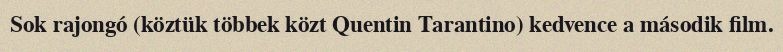
Sok rajongó (köztük többek közt Quentin Tarantino) kedvence a második film.